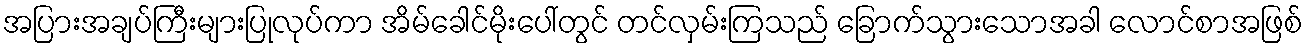
အပြားအချပ်ကြီးများပြုလုပ်ကာ အိမ်ခေါင်မိုးပေါ်တွင် တင်လှမ်းကြသည် ခြောက်သွားသောအခါ လောင်စာအဖြစ်